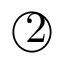
\textcircled { 2 }